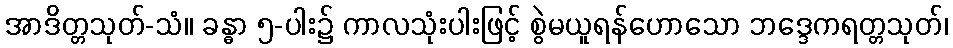
အာဒိတ္တသုတ်-သံ။ ခန္ဓာ ၅-ပါး၌ ကာလသုံးပါးဖြင့် စွဲမယူရန်ဟောသော ဘဒ္ဒေကရတ္တသုတ်၊